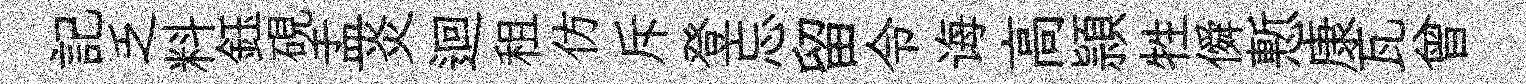
記乏料鈺硯盂炎迴租仿斥登忘留令诲高頴牲僢慙康瓦曾